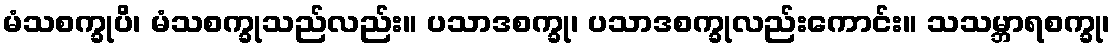
မံသစက္ခုပိ၊ မံသစက္ခုသည်လည်း။ ပသာဒစက္ခု၊ ပသာဒစက္ခုလည်းကောင်း။ သသမ္ဘာရစက္ခု၊